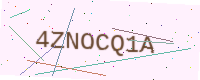
Text: 4ZNOCQ1A